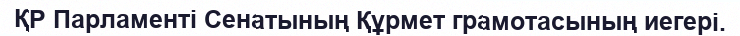
ҚР Парламенті Сенатының Құрмет грамотасының иегері.